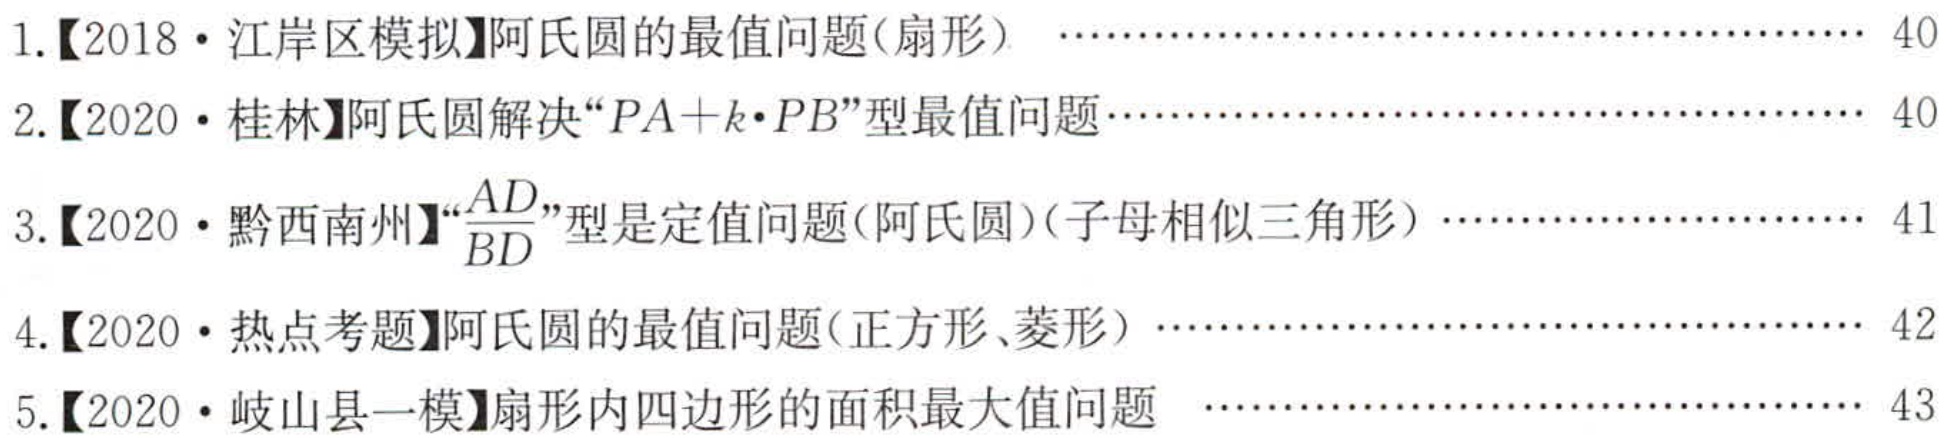
1.【2018·江岸区模拟】阿氏圆的最值问题(扇形)  ……………………………………………… 40
2.【2020·桂林】阿氏圆解决“\(PA + k\cdot PB\)”型最值问题…………………………………………… 40
3.【2020·黔西南州】“\(\frac{AD}{BD}\)”型是定值问题(阿氏圆)(子母相似三角形) ………………………………… 41
4.【2020·热点考题】阿氏圆的最值问题(正方形、菱形) …………………………………………… 42
5.【2020·岐山县一模】扇形内四边形的面积最大值问题  …………………………………………… 43